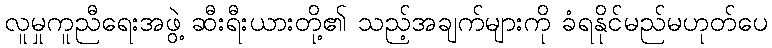
လူမှုကူညီရေးအဖွဲ့ ဆီးရီးယားတို့၏ သည့်အချက်များကို ခံရနိုင်မည်မဟုတ်ပေ